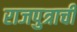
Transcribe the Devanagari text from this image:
राजपुत्राची